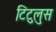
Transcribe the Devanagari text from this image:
टिटुलुस